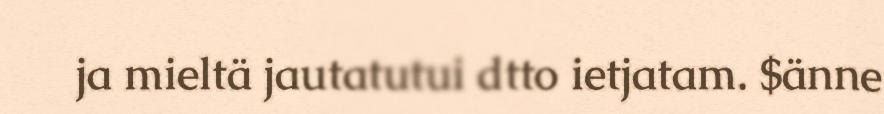
ja mieltä jautatutui dtto ietjatam. $änne